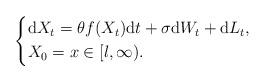
LaTeX: \begin{align*}\left\{\begin{aligned}&\mathrm{d}X_{t}=\theta f(X_{t})\mathrm{d}t+\sigma\mathrm{d}W_{t}+\mathrm{d}L_{t},\\&X_{0}=x\in[l,\infty).\end{aligned}\right.\end{align*}